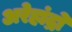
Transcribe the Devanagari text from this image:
अरेहांद्रो